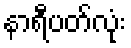
နာရီပတ်လုံး